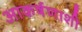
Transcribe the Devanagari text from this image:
आकर्षणाशी